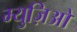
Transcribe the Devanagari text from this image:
म्युज़िओ